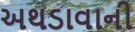
અથડાવાની